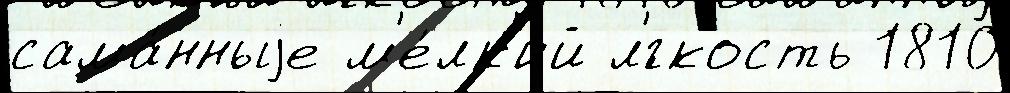
сама́нныjе м'е́лк'ий л'́гкость 1810